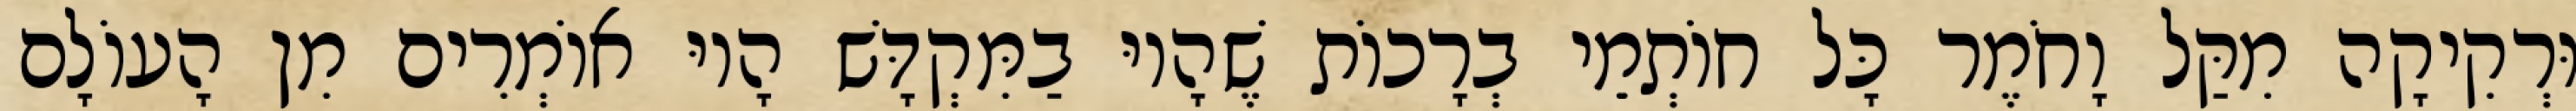
וּרְקִיקָה מִקַּל וָחֹמֶר כָּל חוֹתְמֵי בְרָכוֹת שֶׁהָיוּ בַמִּקְדָּשׁ הָיוּ אוֹמְרִים מִן הָעוֹלָם